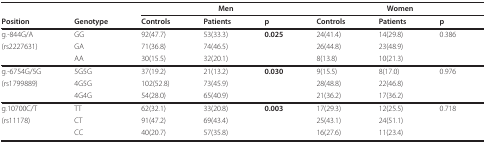
<table><thead><tr><td>[EMPTY_CELL]</td><td>[EMPTY_CELL]</td><td colspan="3"><b>Men</b></td><td colspan="3"><b>Women</b></td></tr><tr><td><b>Position</b></td><td><b>Genotype</b></td><td><b>Controls</b></td><td><b>Patients</b></td><td><b>p</b></td><td><b>Controls</b></td><td><b>Patients</b></td><td><b>p</b></td></tr></thead><tbody><tr><td>g.-844G/A</td><td>GG</td><td>92(47.7)</td><td>53(33.3)</td><td><b>0.025</b></td><td>24(41.4)</td><td>14(29.8)</td><td>0.386</td></tr><tr><td>(rs2227631)</td><td>GA</td><td>71(36.8)</td><td>74(46.5)</td><td>[EMPTY_CELL]</td><td>26(44.8)</td><td>23(48.9)</td><td>[EMPTY_CELL]</td></tr><tr><td>[EMPTY_CELL]</td><td>AA</td><td>30(15.5)</td><td>32(20.1)</td><td>[EMPTY_CELL]</td><td>8(13.8)</td><td>10(21.3)</td><td>[EMPTY_CELL]</td></tr><tr><td>g.-6754G/5G</td><td>5G5G</td><td>37(19.2)</td><td>21(13.2)</td><td><b>0.030</b></td><td>9(15.5)</td><td>8(17.0)</td><td>0.976</td></tr><tr><td>(rs1799889)</td><td>4G5G</td><td>102(52.8)</td><td>73(45.9)</td><td>[EMPTY_CELL]</td><td>28(48.8)</td><td>22(46.8)</td><td>[EMPTY_CELL]</td></tr><tr><td>[EMPTY_CELL]</td><td>4G4G</td><td>54(28.0)</td><td>65(40.9)</td><td>[EMPTY_CELL]</td><td>21(36.2)</td><td>17(36.2)</td><td>[EMPTY_CELL]</td></tr><tr><td>g.10700C/T</td><td>TT</td><td>62(32.1)</td><td>33(20.8)</td><td><b>0.003</b></td><td>17(29.3)</td><td>12(25.5)</td><td>0.718</td></tr><tr><td>(rs11178)</td><td>CT</td><td>91(47.2)</td><td>69(43.4)</td><td>[EMPTY_CELL]</td><td>25(43.1)</td><td>24(51.1)</td><td>[EMPTY_CELL]</td></tr><tr><td>[EMPTY_CELL]</td><td>CC</td><td>40(20.7)</td><td>57(35.8)</td><td>[EMPTY_CELL]</td><td>16(27.6)</td><td>11(23.4)</td><td>[EMPTY_CELL]</td></tr></tbody></table>